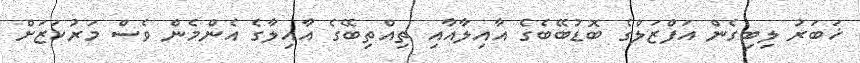
ޚަބަރު ލިބިގެން އަފްޒަލްގެ ބޮޑުބޭބެގެ އާއިލާއާއި ތިއްތިބޭގެ އާއިލާގެ އެންމެން ވެސް މަރުކަޒަށް